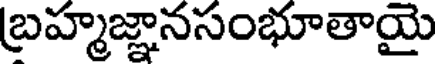
బ్రహ్మజ్ఞానసంభూతాయై